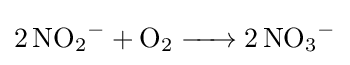
{\ce {2NO2- + O2 -> 2NO3-}}